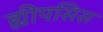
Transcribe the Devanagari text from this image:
ह्यीपसिस